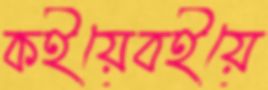
কইয়েবইয়ে